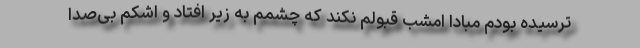
ترسیده بودم مبادا امشب قبولم نکند که چشمم به زیر افتاد و اشکم بی‌صدا